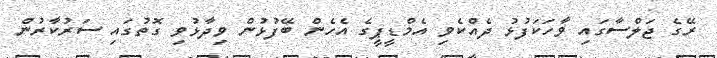
ރޭގެ ޖަލްސާގައި ވާހަކަފުޅު ދެއްކެވި އެމްޑީޕީގެ އެހެން ބޭފުޅުން ވިދާޅުވި ގޮތުގައި ސަރުކާރުން